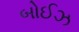
બોઈઝ